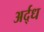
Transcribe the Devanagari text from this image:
अर्द्‌ध